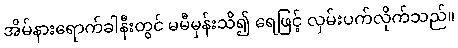
အိမ်နားရောက်ခါနီးတွင် မမီမှန်းသိ၍ ရေဖြင့် လှမ်းပက်လိုက်သည်။